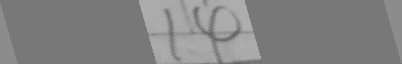
1 4